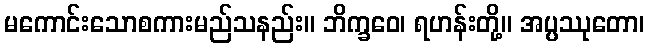
မကောင်းသောစကားမည်သနည်း။ ဘိက္ခဝေ၊ ရဟန်းတို့။ အပ္ပဿုတော၊